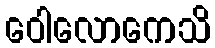
ဝေါလောကေသိ